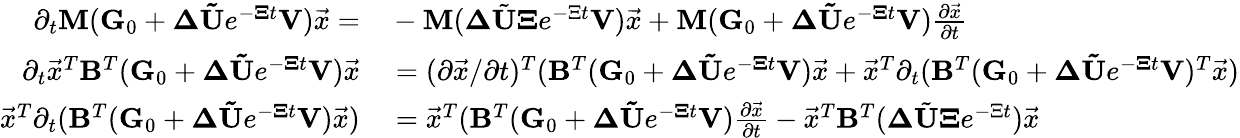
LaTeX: \begin{array}{rl}{\partial_{t}\mathbf{M}(\mathbf{G}_{0}+\mathbf{\Delta}\mathbf{\tilde{U}}e^{-\mathbf{\Xi}t}\mathbf{V})\vec{x}=}&{{}-\mathbf{M}(\mathbf{\Delta}\tilde{\mathbf{U}}\mathbf{\Xi}e^{-\Xi t}\mathbf{V})\vec{x}+\mathbf{M}(\mathbf{G}_{0}+\mathbf{\Delta}\mathbf{\tilde{U}}e^{-\mathbf{\Xi}t}\mathbf{V})\frac{\partial\vec{x}}{\partial t}}\\ {\partial_{t}\vec{x}^{T}\mathbf{B}^{T}(\mathbf{G}_{0}+\mathbf{\Delta}\mathbf{\tilde{U}}e^{-\mathbf{\Xi}t}\mathbf{V})\vec{x}}&{{}=(\partial\vec{x}/\partial t)^{T}(\mathbf{B}^{T}(\mathbf{G}_{0}+\mathbf{\Delta}\mathbf{\tilde{U}}e^{-\mathbf{\Xi}t}\mathbf{V})\vec{x}+\vec{x}^{T}\partial_{t}(\mathbf{B}^{T}(\mathbf{G}_{0}+\mathbf{\Delta}\mathbf{\tilde{U}}e^{-\mathbf{\Xi}t}\mathbf{V})^{T}\vec{x})}\\ {\vec{x}^{T}\partial_{t}(\mathbf{B}^{T}(\mathbf{G}_{0}+\mathbf{\Delta}\mathbf{\tilde{U}}e^{-\mathbf{\Xi}t}\mathbf{V})\vec{x})}&{{}=\vec{x}^{T}(\mathbf{B}^{T}(\mathbf{G}_{0}+\mathbf{\Delta}\mathbf{\tilde{U}}e^{-\mathbf{\Xi}t}\mathbf{V})\frac{\partial\vec{x}}{\partial t}-\vec{x}^{T}\mathbf{B}^{T}(\mathbf{\Delta}\tilde{\mathbf{U}}\mathbf{\Xi}e^{-\Xi t})\vec{x}}\end{array}